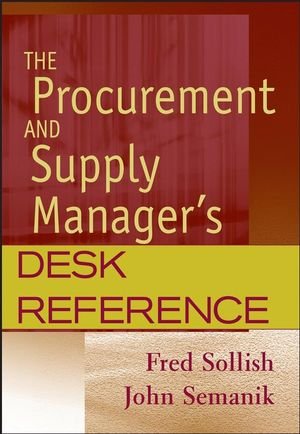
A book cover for The Procurement and Supply Manager's Desk Reference; Fred Sollish; Business & Money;